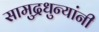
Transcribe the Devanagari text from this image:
सामुद्रधुन्यांनी